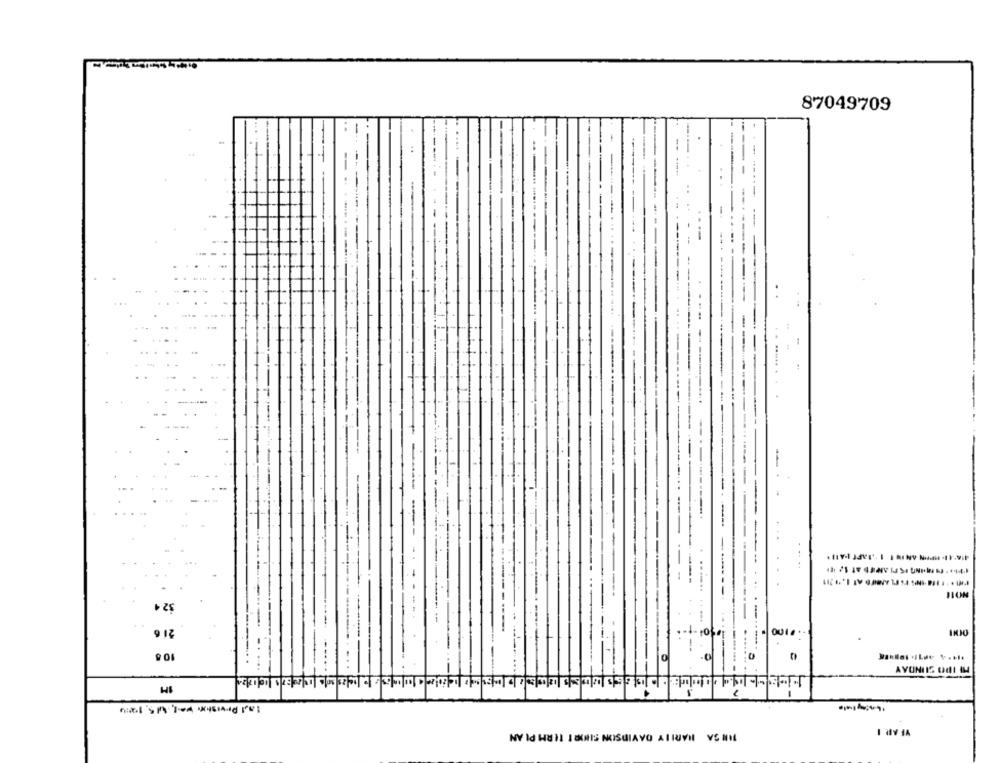
87049709
32 4
21 6
0
1M
NY Id HUN1 1 EXHIS NOSUIAYO ANIUVIE VS NIL